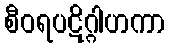
စီဝရပဋိဂ္ဂါဟကာ